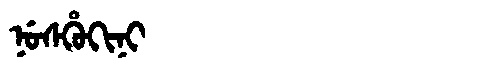
Manchu: ᠨᡠᠰᡥᡠᡴᡳᠨᡳ
Romanization: NUSHUKINI